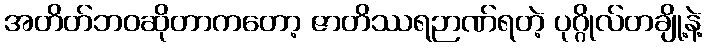
အတိတ်ဘဝဆိုတာကတော့ ဇာတိဿရဉာဏ်ရတဲ့ ပုဂ္ဂိုလ်တချို့နဲ့